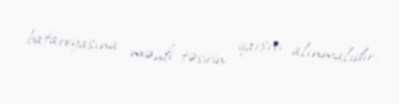
batareyasına mənfi təsirin qarşısı alınmalıdır.